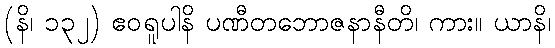
(နိ၊ ၁၃၂) ဧဝရူပါနိ ပဏီတဘောဇနာနီတိ၊ ကား။ ယာနိ၊